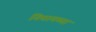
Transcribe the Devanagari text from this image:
निघायच्या